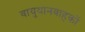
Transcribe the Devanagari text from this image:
वायुयानवाहकों